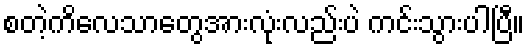
စတဲ့ကိလေသာတွေအားလုံးလည်းပဲ ကင်းသွားပါပြီ။